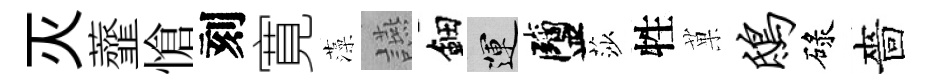
灭虀愴刻寛藻讌鈿運鹽莎牲菓鸱碌嗇